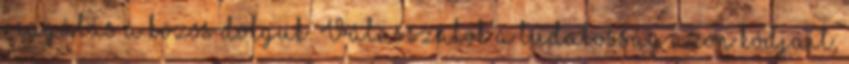
reagálás a közös dolguk. Válasszátok a tudatosság azon kódjait,